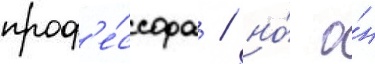
проф'е́ссора / но́ о́н